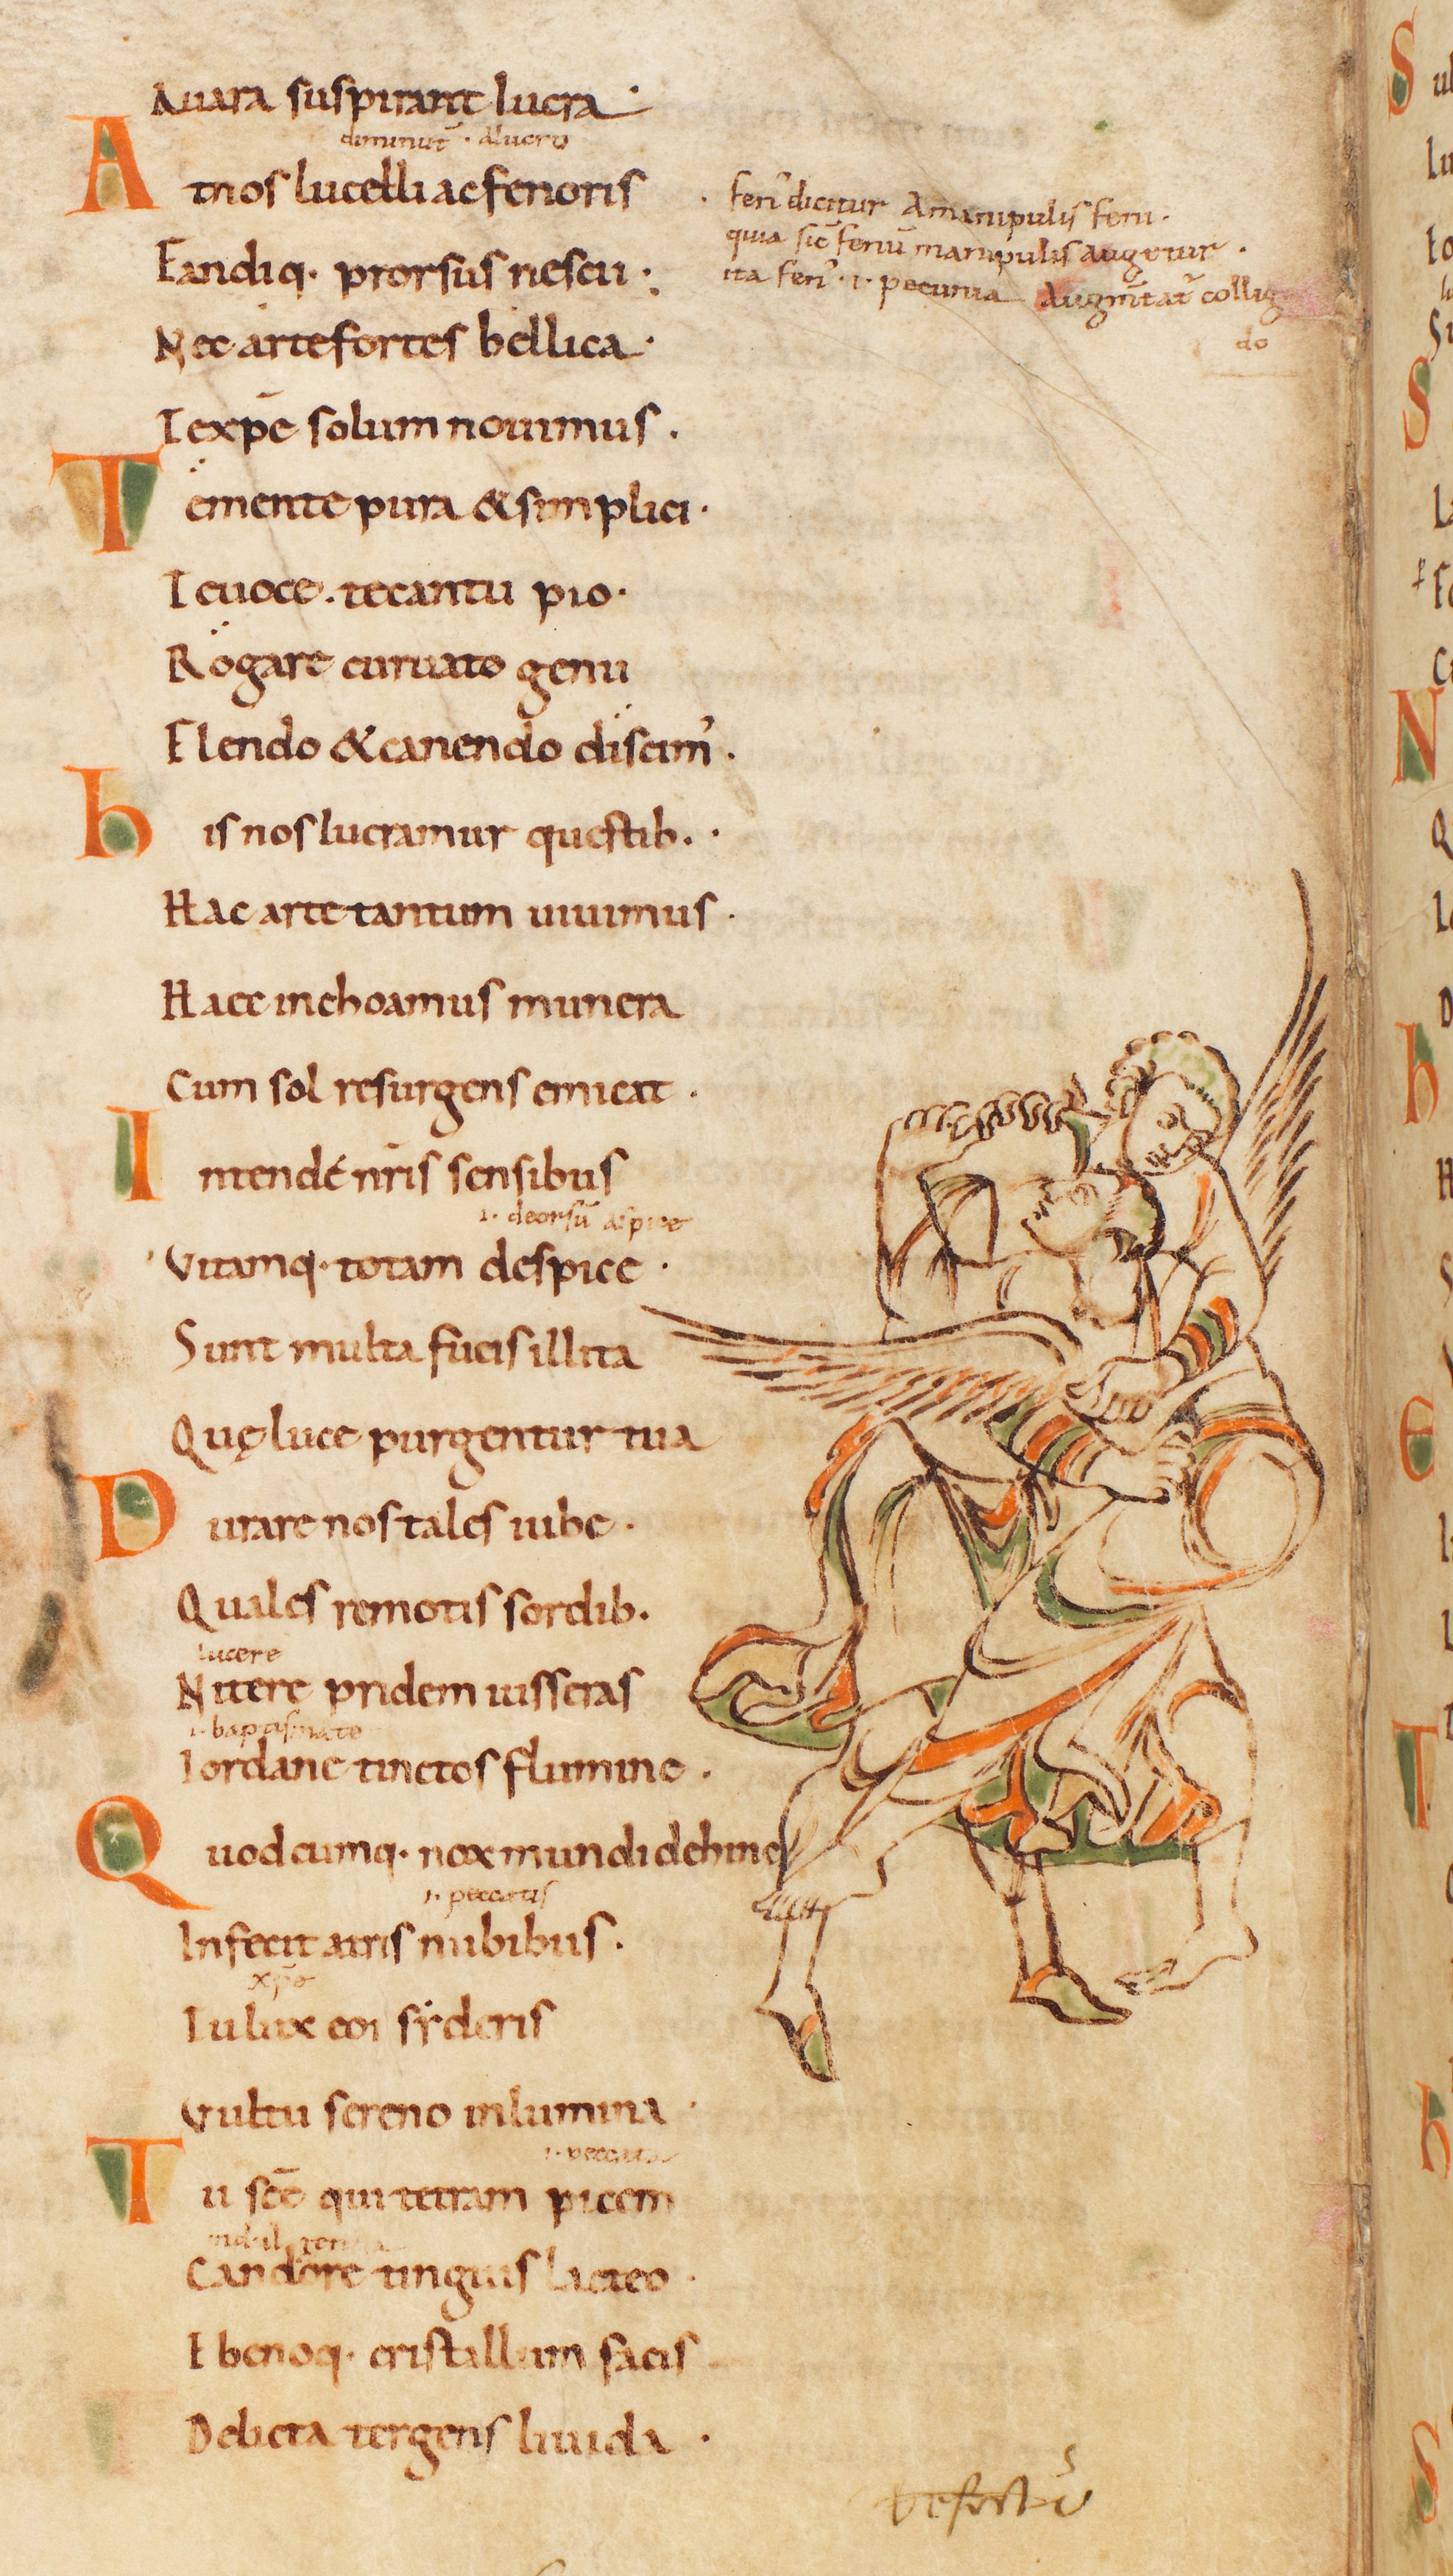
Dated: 885–915